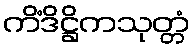
ကိံဒိဋ္ဌိကသုတ္တံ